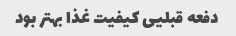
دفعه قبلیی کیفیت غذا بهتر بود